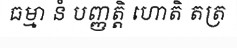
ធម្មា នំ បញ្ញត្តិ ហោតិ តត្រ